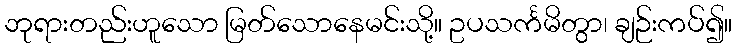
ဘုရားတည်းဟူသော မြတ်သောနေမင်းသို့။ ဥပသင်္ကမိတွာ၊ ချဉ်းကပ်၍။